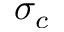
\sigma _ { c }